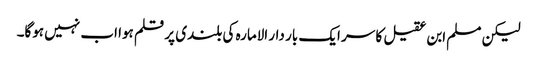
لیکن مسلم ابن عقیل کا سر ایک بار دار الامارہ کی بلندی پر قلم ہوا اب نہیں ہوگا۔